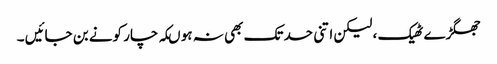
جھگڑے ٹھیک ، لیکن اتنی حد تک بھی نہ ہو ںکہ چار کونے بن جائیں ۔